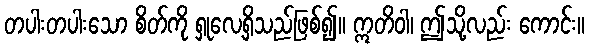
တပါးတပါးသော စိတ်ကို ရှုလေ့ရှိသည်ဖြစ်၍။ ဣတိဝါ၊ ဤသို့လည်း ကောင်း။